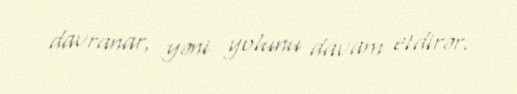
davranar, yəni yolunu davam etdirər.